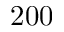
2 0 0